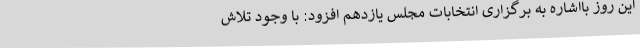
این روز بااشاره به برگزاری انتخابات مجلس یازدهم افزود: با وجود تلاش